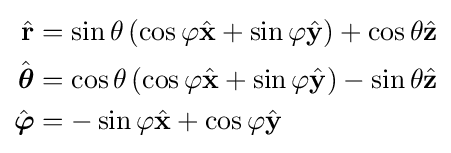
{\begin{aligned}{\hat {\mathbf {r} }}&=\sin \theta \left(\cos \varphi {\hat {\mathbf {x} }}+\sin \varphi {\hat {\mathbf {y} }}\right)+\cos \theta {\hat {\mathbf {z} }}\\{\hat {\boldsymbol {\theta }}}&=\cos \theta \left(\cos \varphi {\hat {\mathbf {x} }}+\sin \varphi {\hat {\mathbf {y} }}\right)-\sin \theta {\hat {\mathbf {z} }}\\{\hat {\boldsymbol {\varphi }}}&=-\sin \varphi {\hat {\mathbf {x} }}+\cos \varphi {\hat {\mathbf {y} }}\end{aligned}}